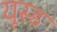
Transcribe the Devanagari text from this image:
यूस्ड